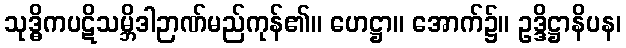
သုဒ္ဓိကပဋိသမ္ဘိဒါဉာဏ်မည်ကုန်၏။ ဟေဋ္ဌာ။ အောက်၌။ ဥဒ္ဒိဋ္ဌာနိပန၊